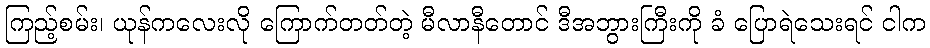
ကြည့်စမ်း၊ ယုန်ကလေးလို ကြောက်တတ်တဲ့ မီလာနီတောင် ဒီအဘွားကြီးကို ခံ ပြောရဲသေးရင် ငါက